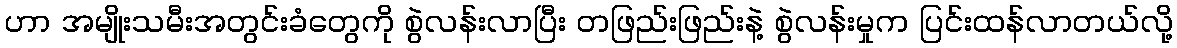
ဟာ အမျိုးသမီးအတွင်းခံတွေကို စွဲလန်းလာပြီး တဖြည်းဖြည်းနဲ့ စွဲလန်းမှုက ပြင်းထန်လာတယ်လို့